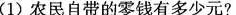
(1)农民自带的零钱有多少元?